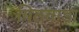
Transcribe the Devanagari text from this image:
पिठवाड़ा